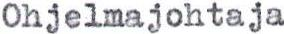
Ohjelmajohtaja